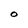
Character: O